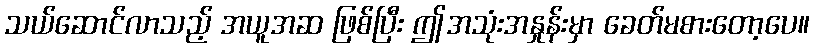
သယ်ဆောင်လာသည့် အယူအဆ ဖြစ်ပြီး ဤအသုံးအနှုန်းမှာ ခေတ်မစားတော့ပေ။